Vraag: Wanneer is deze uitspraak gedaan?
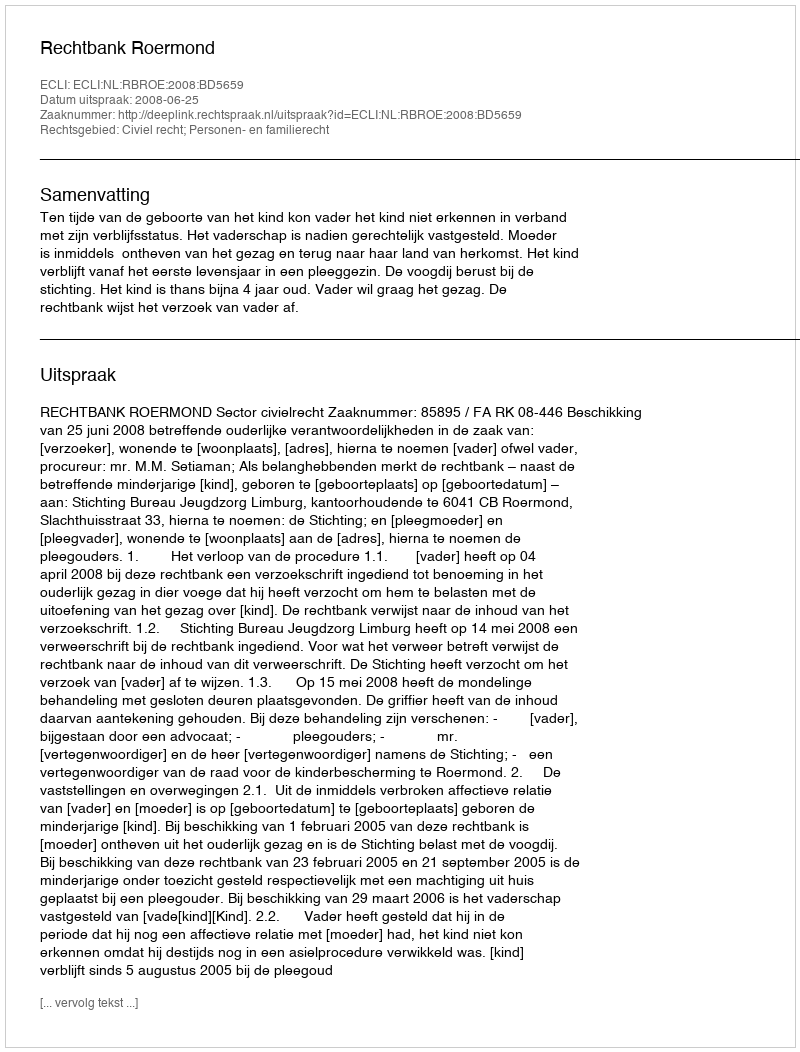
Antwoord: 2008-06-25